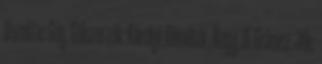
Vezette: Góg. Gólszerzők: Károlyi, Dömötör, Nagy, ill. Gránicz. Jók: